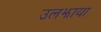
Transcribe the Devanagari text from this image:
उलझाया